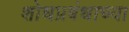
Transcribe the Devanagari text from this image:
शोधप्रबंधाच्या